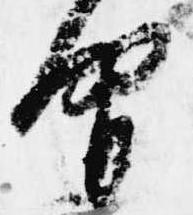
間